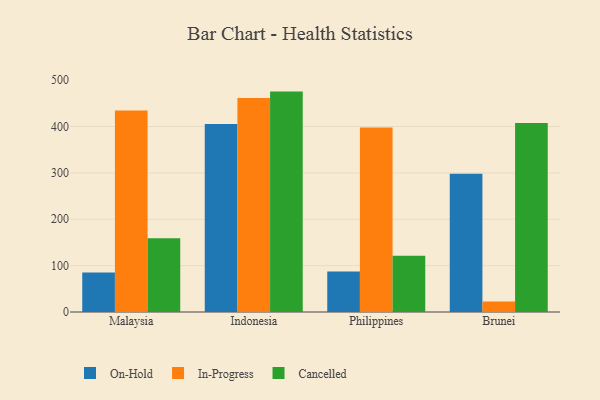
{"axis": {"x": "Country", "y": "Active Users"}, "legend": ["Cancelled", "In-Progress", "On-Hold"], "data": [{"x": "Malaysia", "y": 85.2, "type": "On-Hold"}, {"x": "Malaysia", "y": 434.6, "type": "In-Progress"}, {"x": "Malaysia", "y": 159.1, "type": "Cancelled"}, {"x": "Indonesia", "y": 405.3, "type": "On-Hold"}, {"x": "Indonesia", "y": 461.7, "type": "In-Progress"}, {"x": "Indonesia", "y": 475.3, "type": "Cancelled"}, {"x": "Philippines", "y": 87.1, "type": "On-Hold"}, {"x": "Philippines", "y": 397.7, "type": "In-Progress"}, {"x": "Philippines", "y": 121.4, "type": "Cancelled"}, {"x": "Brunei", "y": 298.1, "type": "On-Hold"}, {"x": "Brunei", "y": 22.8, "type": "In-Progress"}, {"x": "Brunei", "y": 407.4, "type": "Cancelled"}]}